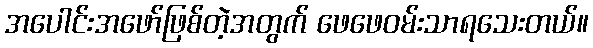
အပေါင်းအဖော်ဖြစ်တဲ့အတွက် ဖေဖေဝမ်းသာရသေးတယ်။